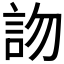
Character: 𧦍